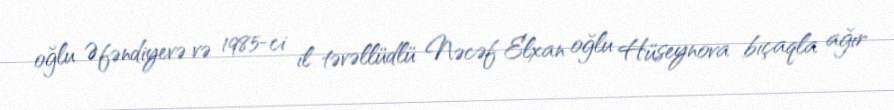
oğlu Əfəndiyevə və 1985-ci il təvəllüdlü Nəcəf Elxan oğlu Hüseynova bıçaqla ağır